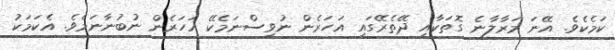
ކަމެކެވެ. އޭނަ މަރާލާނެ ގޮތަކާއި ދޭތެރޭގައި އަހަރެން ނުވިސްނަމެކޭ އަހަރެން ނުބުނާނަމެވެ. އެކަމަކު